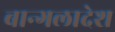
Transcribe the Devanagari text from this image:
बान्गलादेश